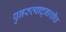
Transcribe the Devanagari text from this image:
पुनरुत्पाद्नाशीच